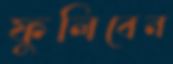
ফুলিবেন